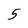
Character: 5